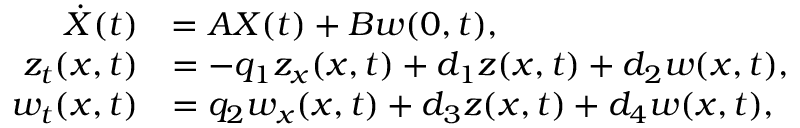
\begin{array} { r l } { \dot { X } ( t ) } & { = A X ( t ) + B w ( 0 , t ) , } \\ { { z _ { t } } ( x , t ) } & { = - q _ { 1 } { z _ { x } } ( x , t ) + { d _ { 1 } } z ( x , t ) + { d _ { 2 } } w ( x , t ) , } \\ { { w _ { t } } ( x , t ) } & { = q _ { 2 } { w _ { x } } ( x , t ) + { d _ { 3 } } z ( x , t ) + { d _ { 4 } } w ( x , t ) , } \end{array}